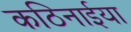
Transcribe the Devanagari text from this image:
कठिनाईया